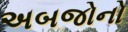
અબજોનો